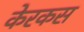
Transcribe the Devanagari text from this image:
केरकस